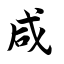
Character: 咸